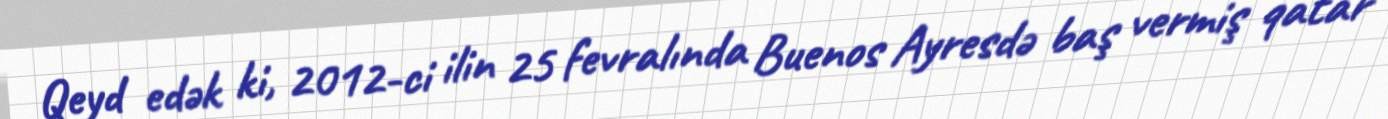
Qeyd edək ki, 2012-ci ilin 25 fevralında Buenos Ayresdə baş vermiş qatar